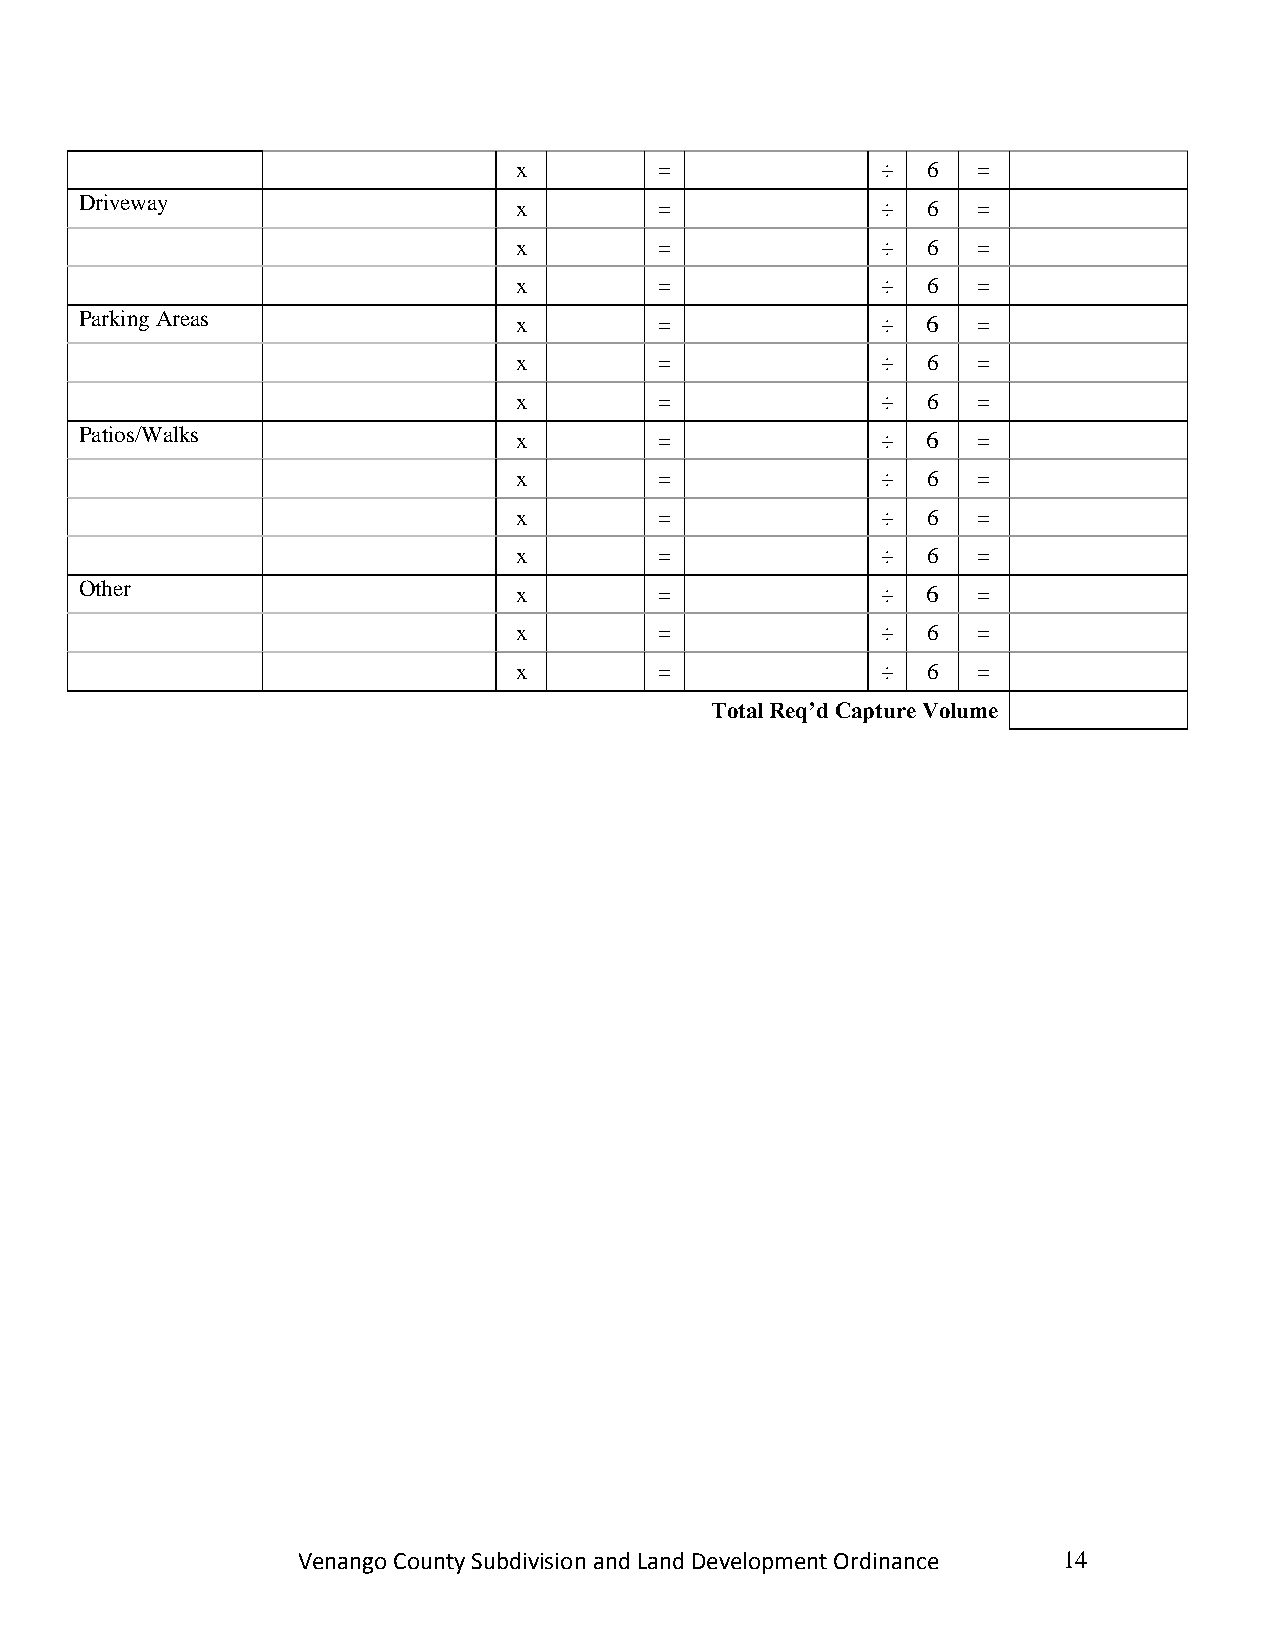
x         =             ÷  6   =
 Driveway                     x         =             ÷  6   =
 x         =             ÷  6   =
 x         =             ÷  6   =
 Parking Areas                x         =             ÷  6   =
 x         =             ÷  6   =
 x         =             ÷  6   =
 Patios/Walks                 x         =             ÷  6   =
 x         =             ÷  6   =
 x         =             ÷  6   =
 x         =             ÷  6   =
 Other                        x         =             ÷  6   =
 x         =             ÷  6   =
 x         =             ÷  6   =
 Total Req’d Capture Volume
 Venango County Subdivision and Land Development Ordinance 14